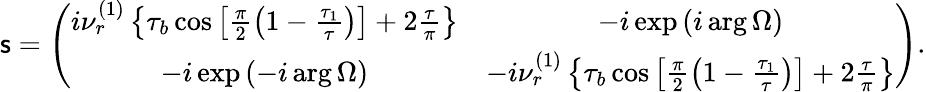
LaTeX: \mathsf{s}=\left(\begin{array}{cc}{i\nu_{r}^{\left(1\right)}\left\{ \tau_{b}\cos\left[\frac{\pi}{2}\left(1-\frac{\tau_{1}}{\tau}\right)\right]+2\frac{\tau}{\pi}\right\} }&{-i\exp\left(i\arg\Omega\right)}\\ {-i\exp\left(-i\arg\Omega\right)}&{-i\nu_{r}^{\left(1\right)}\left\{ \tau_{b}\cos\left[\frac{\pi}{2}\left(1-\frac{\tau_{1}}{\tau}\right)\right]+2\frac{\tau}{\pi}\right\} }\end{array}\right).